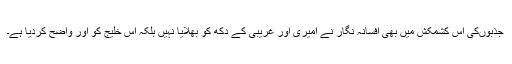
جذبوںکی اس کشمکش میں بھی افسانہ نگار نے امیری اور غریبی کے دکھ کو بھلایا نہیں بلکہ اس خلیج کو اور واضح کردیا ہے۔